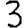
Digit: 3